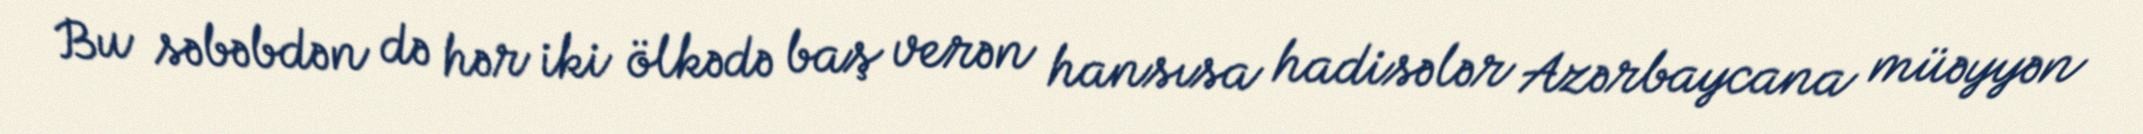
Bu səbəbdən də hər iki ölkədə baş verən hansısa hadisələr Azərbaycana müəyyən